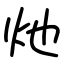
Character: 灺